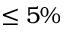
\leq 5 \%